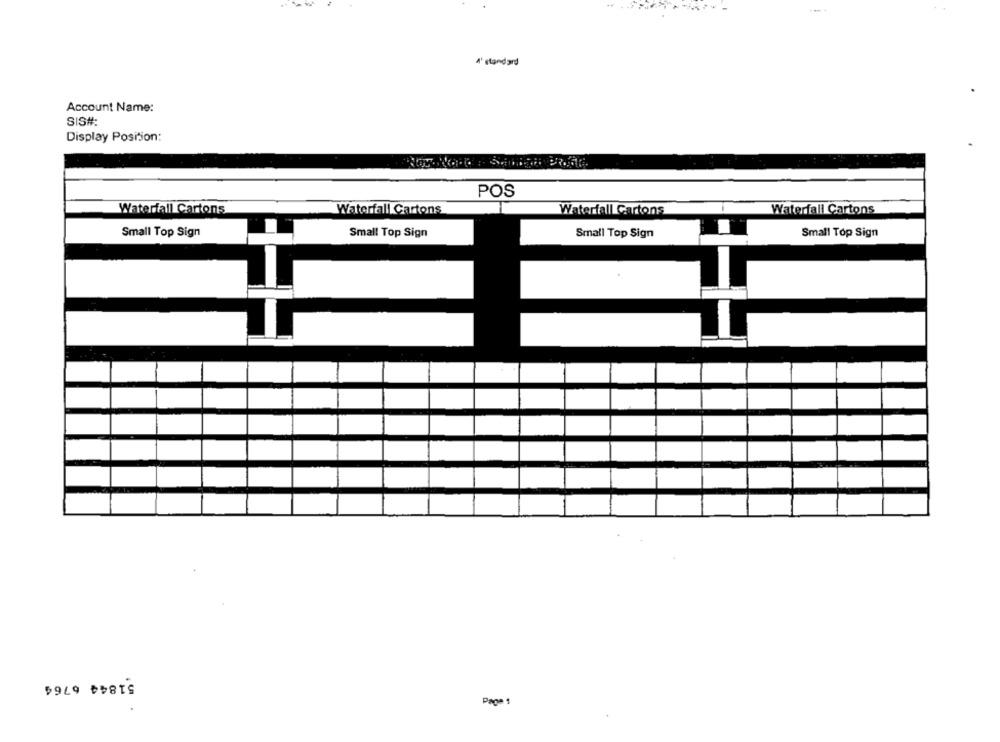
A' standard
Account Name:
SIS#:
Display Position:
POS
Waterfall Cartons
Waterfall Cartons
Waterfall Cartons
Waterfall Cartons
Small Top Sign
Small Top Sign
Small Top Sign
Small Top Sign
51844 6764
Page 1